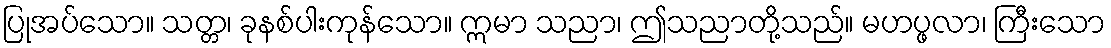
ပြုအပ်သော။ သတ္တ၊ ခုနစ်ပါးကုန်သော။ ဣမာ သညာ၊ ဤသညာတို့သည်။ မဟပ္ဖလာ၊ ကြီးသော